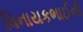
વિનાયકભાઈની